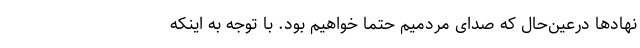
نهادها درعین‌حال که صدای مردمیم حتماً خواهیم بود. با توجه به اینکه